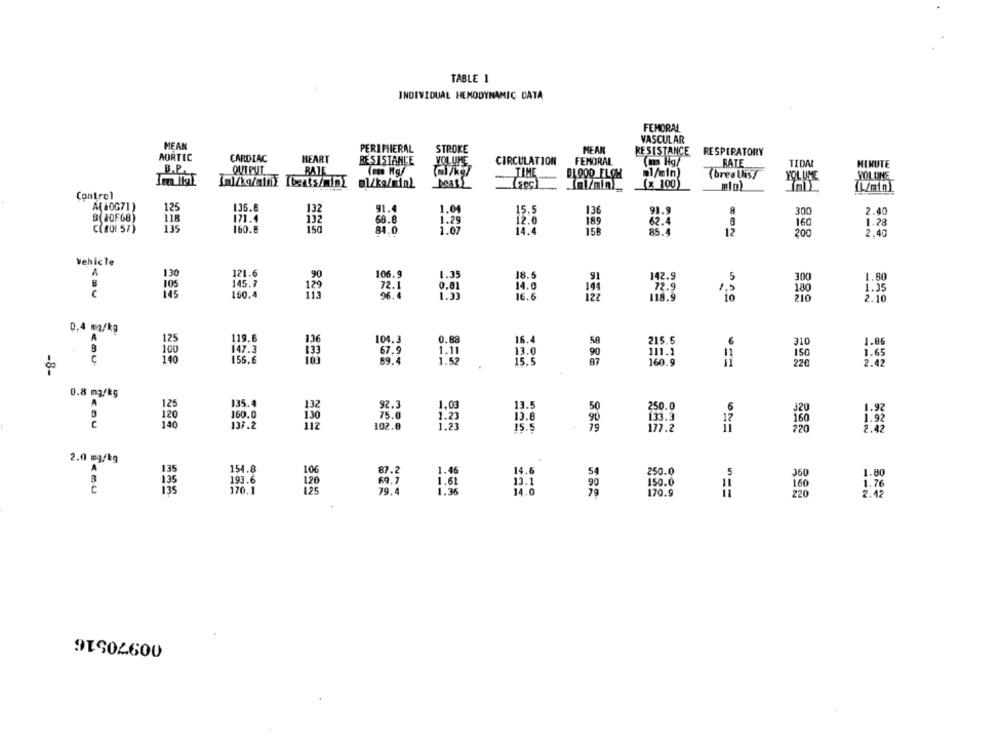
TABLE 1
INDIVIDUAL HEMODYNAMIC DATA
FEMORAL
VASCULAR
MEAN
PERIPHERAL
STROKE
MEAN
AORTIC
RESISTANCE
RESPIRATORY
CARDIAC
HEART
RESISTANCE
VOLUME
CIRCULATION
FEMORAL
RATE
TIDAL
MINUTE
B.P.
OUTPUT
RATE
TIME
BLOOD FLOW
ml/min)
(breaths/
YOL UME
VOLUME
ml/kg/min_
(sec)
(x 100)
Control
A(80G71)
125
135.6
91.4
1.04
15.5
136
91.9
8
300
2.40
$(1OF68)
118
171.4
132
68.8
12.6
189
62.4
160
1.28
C( fOF 57)
135
160.6
150
84.0
1.07
1.29
14.4
158
85.4
12
200
2.40
vehicle
A
130
121.6
106.9
18.6
142.9
5
145.7
.90
1.35
300
1.80
105
72.1
14.0
72.9
1.5
1.35
145
160.4
96.4
16.6
118.9
10
180
210
2.10
0,4 mg/kg
A
119.6
136
104.3
0.88
16.4
6
310
1.86
1.11
58
147.5
133
67.9
90
11
1.65
140
156.6
1.52
160.9
220
2.42
-8-
SES
0.8 mg/kg
135.4
132
92.3
1.03
13.5
50
250.0
6
1.92
160.0
130
75.0
1.23
13.8
90
133.3
1.92
140
137.2
112
102.0
1.21
15.5
79
177.2
220
2.42
2.0 mg/kg
154.8
100
1.35
87.2
1.46
14.6
54
250.0
5
360
1.80
193.6
126
170.1
125
69.7
1.62
13.1
90
150.0
160
1.76
79.4
1.36
170.9
2.42
00970516